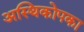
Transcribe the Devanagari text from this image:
अस्थिकोपका